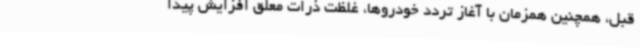
قبل، همچنین همزمان با آغاز تردد خودروها، غلظت ذرات معلق افزایش پیدا